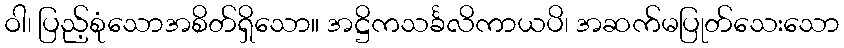
ဝါ၊ ပြည့်စုံသောအစိတ်ရှိသော။ အဋ္ဌိကသင်္ခလိကာယပိ၊ အဆက်မပြုတ်သေးသော